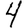
Digit: 4